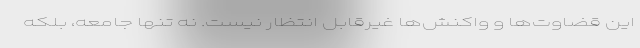
این قضاوت‌ها و واکنش‌ها غیرقابل انتظار نیست. نه تنها جامعه، بلکه